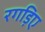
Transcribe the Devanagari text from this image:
रगड़िए